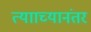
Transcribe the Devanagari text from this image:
त्यााच्यानंतर